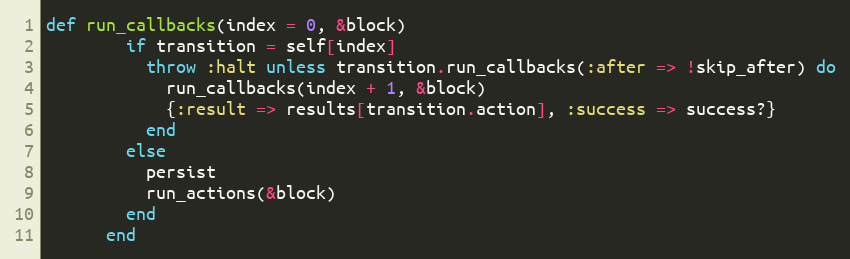
Language: Ruby
def run_callbacks(index = 0, &block)
        if transition = self[index]
          throw :halt unless transition.run_callbacks(:after => !skip_after) do
            run_callbacks(index + 1, &block)
            {:result => results[transition.action], :success => success?}
          end
        else
          persist
          run_actions(&block)
        end
      end